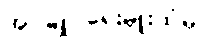
အုပ်ချုပ်ရေးမှူးထံမှ